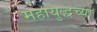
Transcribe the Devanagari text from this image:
महायुद्धच्या